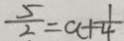
\frac { 5 } { 2 } = a + \frac { 1 } { 4 }